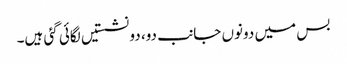
بس میں دونوں جانب دو، دو نشستیں لگائی گئی ہیں۔